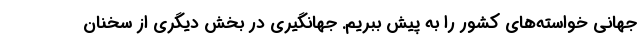
جهانی خواسته‌های کشور را به پیش ببریم. جهانگیری در بخش دیگری از سخنان